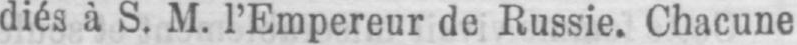
diés à S. M. l’Empereur de Russie. Chacune